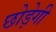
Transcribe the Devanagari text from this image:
छोड़ेगी